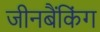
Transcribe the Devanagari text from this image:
जीनबैंकिंग